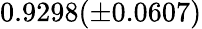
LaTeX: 0.9298(\pm 0.0607)